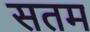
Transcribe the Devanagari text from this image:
सतम